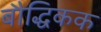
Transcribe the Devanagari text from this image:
बौद्धिकक